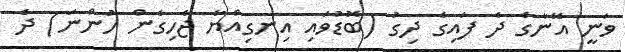
ވަނީ އޭނާގެ ދެ ފައިގެ ދިގު (ބޮޑުވައި އިނގިއްޔާ ޖެހިގެން ހުންނަ) ދެ